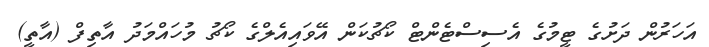
އަހަރުން ދަށުގެ ޓީމުގެ އެސިސްޓެންޓް ކޯޗުކަން އޭވައިއެލްގެ ކޯޗު މުހައްމަދު އާތިފް (އާތީ)